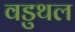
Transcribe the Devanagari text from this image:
वडुथल